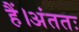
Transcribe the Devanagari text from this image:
हैं।अंततः